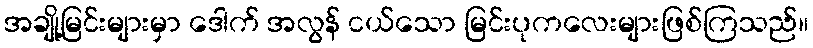
အချို့မြင်းများမှာ ဒေါက် အလွန် ငယ်သော မြင်းပုကလေးများဖြစ်ကြသည်။